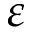
\varepsilon